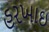
હરખાઇ